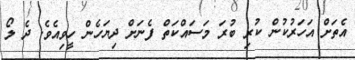
އެތަށް އަހަރުކުން ކުރި ބުރަ މަސައްކަތް ފެނަށް ދިޔަހެން ހީވިއެވެ. ދެ ލޯ